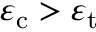
\varepsilon _ { \mathrm { c } } > \varepsilon _ { \mathrm { t } }